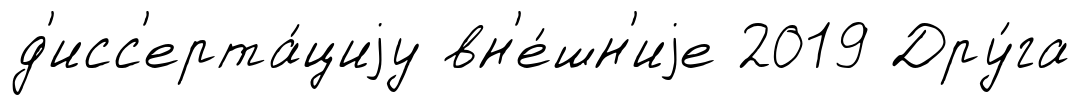
д'исс'ерта́циjу вн'е́шн'иjе 2019 Дру́га